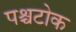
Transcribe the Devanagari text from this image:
पश्चटोक